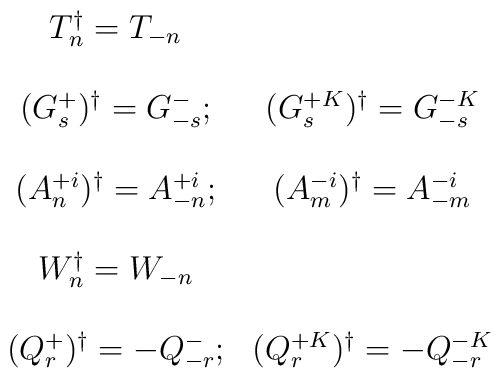
\begin{array}{cc}T_{n}^{\dagger} = T_{-n} &   \\        \ & \ \\(G^{+}_{s})^{\dagger} = G^{-}_{-s} ; & (G^{+K}_{s})^{\dagger} = G^{-K}_{-s} \\  \  & \  \\(A^{+i}_{n})^{\dagger} = A^{+i}_{-n}; & (A^{-i}_{m})^{\dagger} = A^{-i}_{-m} \\\ & \  \\W_{n}^{\dagger} = W_{-n} &    \\                     \ & \ \\(Q^{+}_{r})^{\dagger} = - Q^{-}_{-r}; & (Q^{+K}_{r})^{\dagger} = - Q^{-K}_{-r}\end{array}